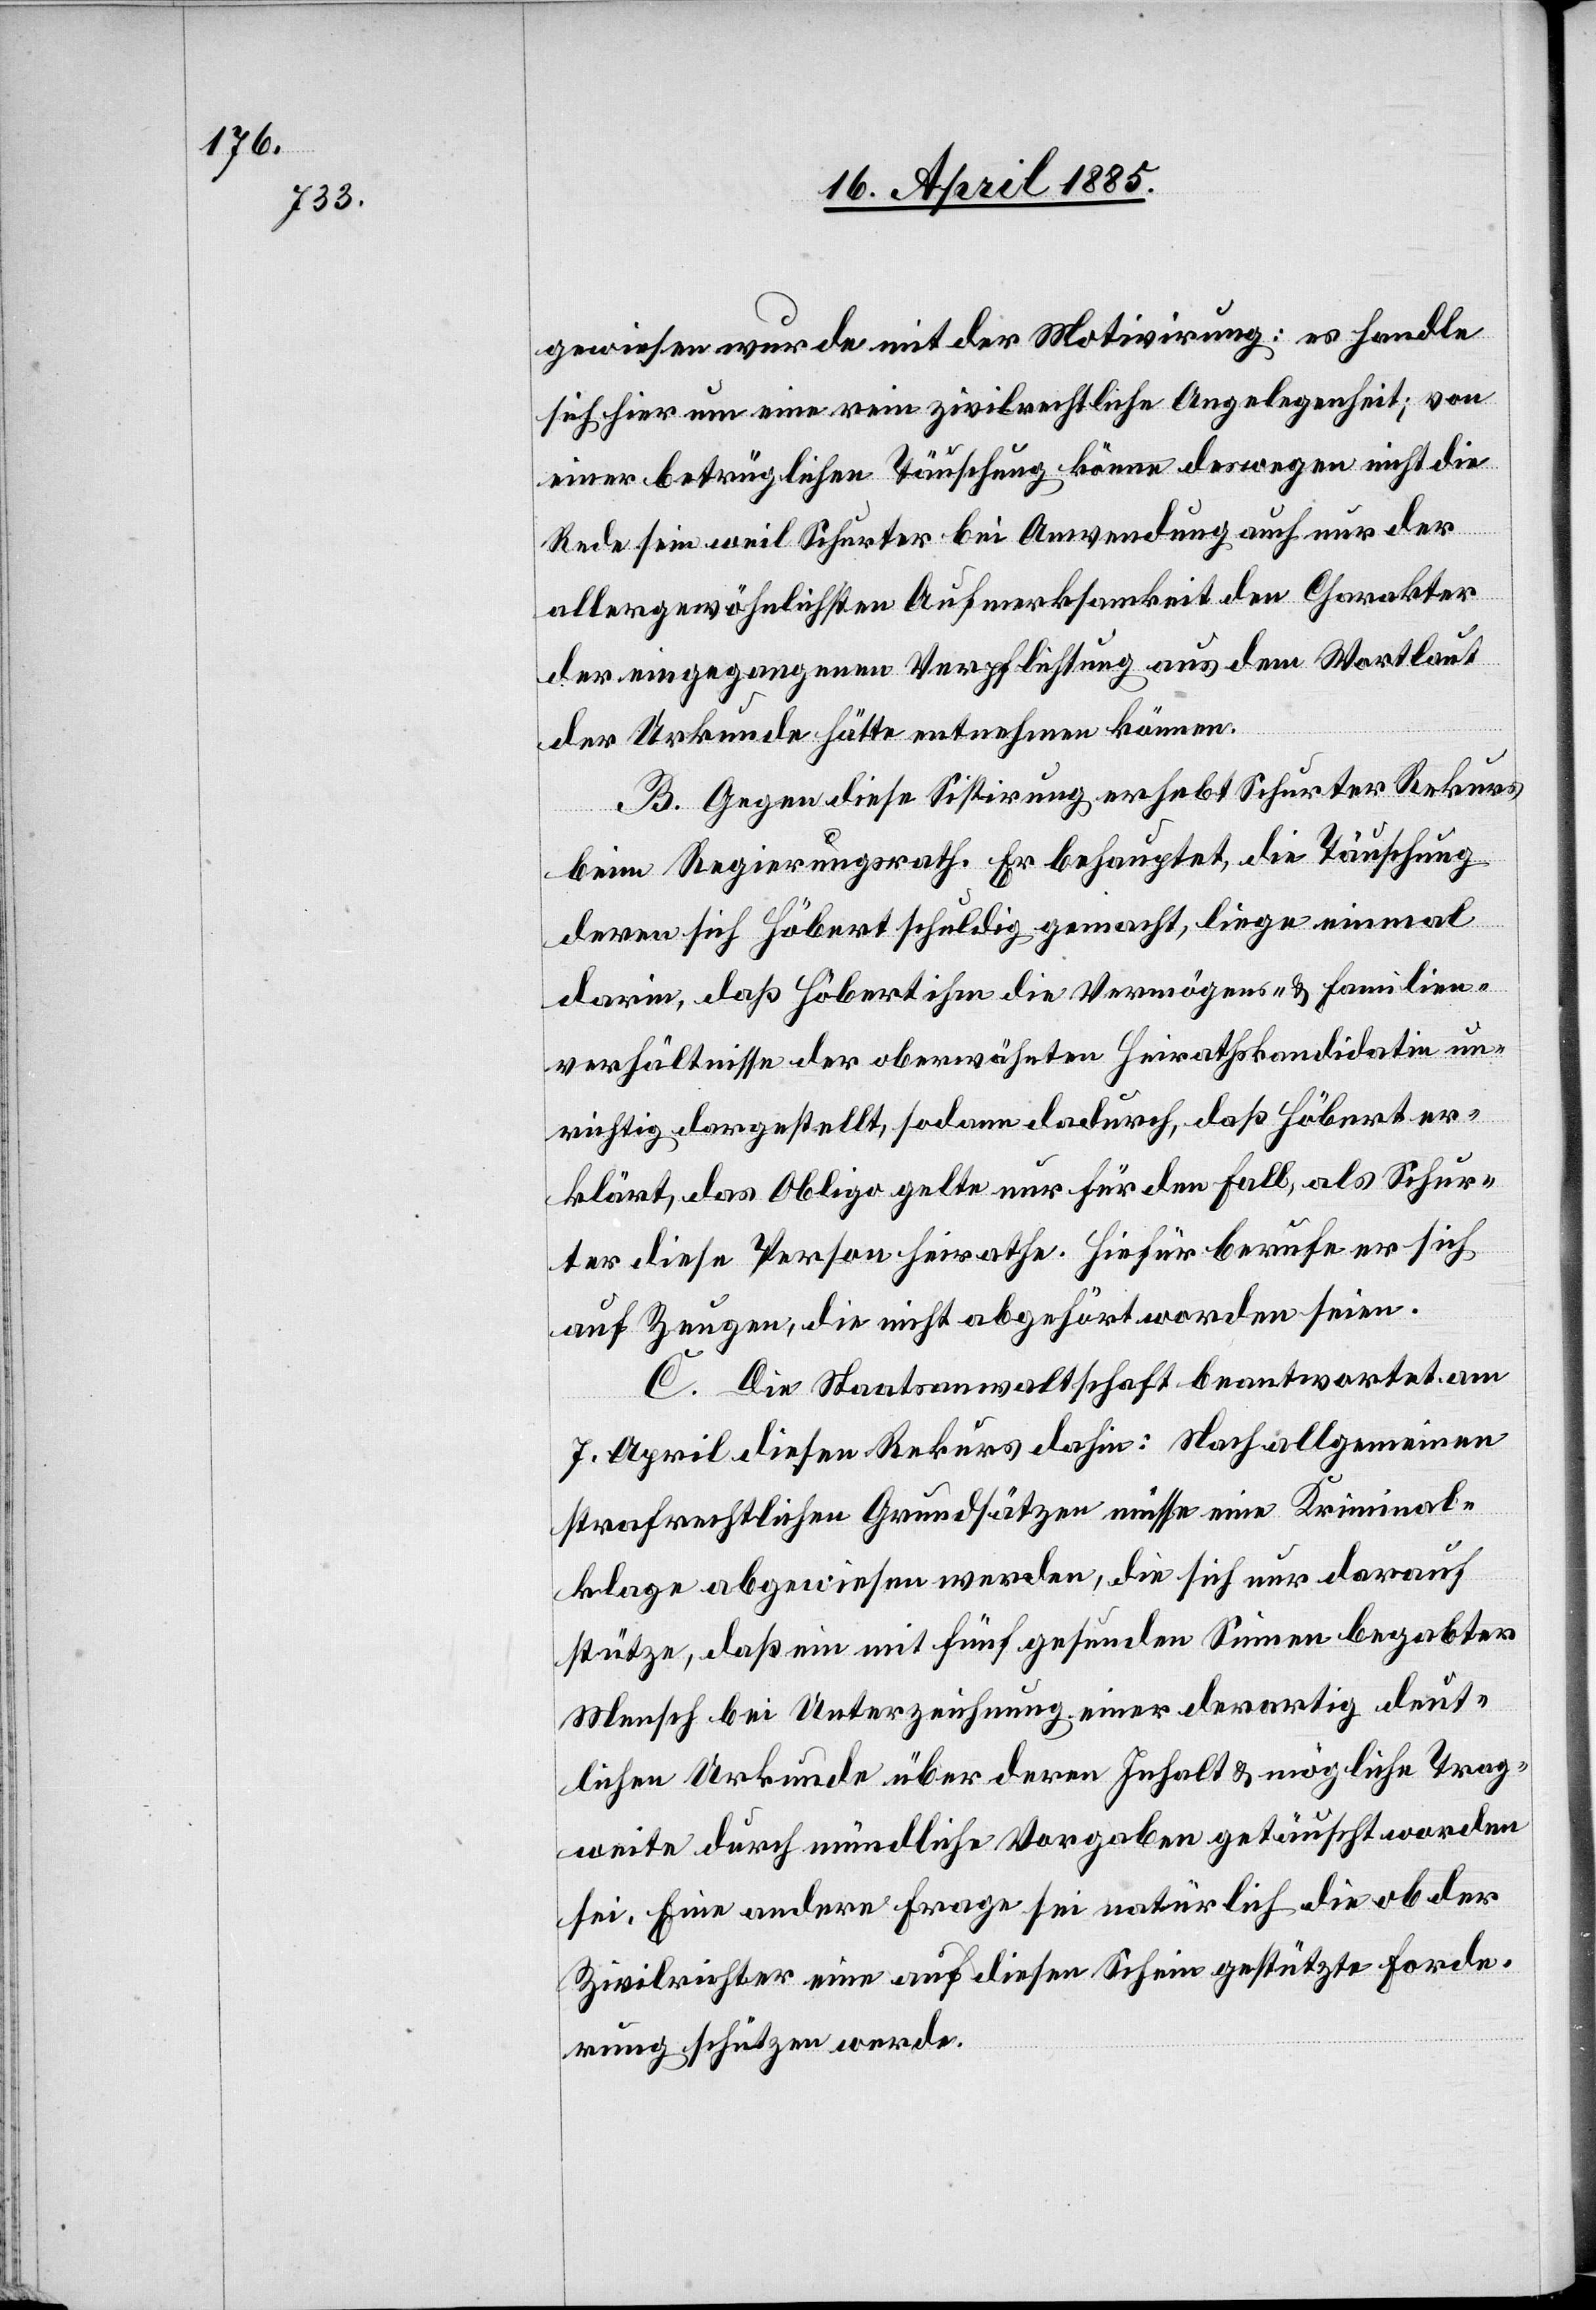
gewiesen wurde mit der Motivirung: es handle
sich hier um eine rein zivilrechtliche Angelegenheit; von
einer betrüglichen Täuschung könne deswegen nicht die
Rede sein weil Schurter bei Anwendung auch nur der
allergewöhnlichsten Aufmerksamkeit den Charakter
der eingegangenen Verpflichtung aus dem Wortlaut
der Urkunde hätte entnehmen können.
B. Gegen diese Sistirung erhebt Schurter Rekurs
beim Regierungsrath. Er behauptet, die Täuschung
deren sich Höbert schuldig gemacht, liege einmal
darin, daß Höbert ihm die Vermögens- & Familien¬
verhältnisse der oberwähnten Heirathskandidatin un¬
richtig dargestellt, sodann dadurch, daß Höbert er¬
klärt, das Obligo gelte nur für den Fall, als Schur¬
ter diese Person heirathe. Hiefür beruhe er sich
auf Zeugen, die nicht abgehört worden seien.
C. Die Staatsanwaltschaft beantwortet am
7. April diesen Rekurs dahin: Nach allgemeinen
strafrechtlichen Grundsätzen müsse eine Kriminal¬
klage abgewiesen werden, die sich nur darauf
stütze, daß ein mit fünf gesunden Sinnen begabter
Mensch bei Unterzeichnung einer derartig deut¬
lichen Urkunde über deren Inhalt & mögliche Trag¬
weite durch mündliche Vorgaben getäuscht worden
sei. Eine andere Frage sei natürlich die ob der
Zivilrichter eine auf diesen Schein gestützte Forde¬
rung schützen werde.